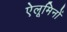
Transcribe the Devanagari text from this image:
ऐलूमिनों